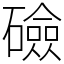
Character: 礆